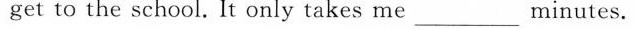
get to the school. It only takes me___minutes.